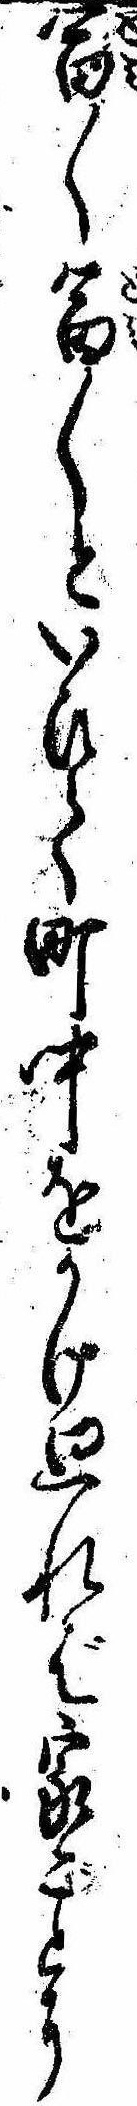
富〱富〱といひて町中をかけ廻れば家ごとに